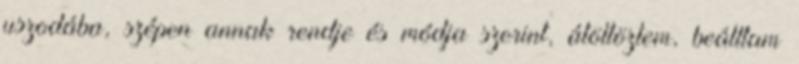
uszodába, szépen annak rendje és módja szerint, átöltöztem, beálltam